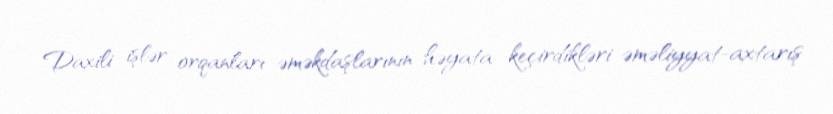
Daxili işlər orqanları əməkdaşlarının həyata keçirdikləri əməliyyat-axtarış